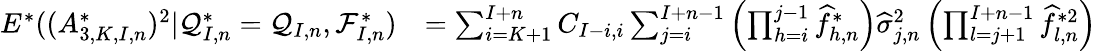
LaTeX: \begin{array}{rl}{E^{*}((A_{3,K,I,n}^{*})^{2}|\mathcal{Q}_{I,n}^{*}=\mathcal{Q}_{I,n},\mathcal{F}_{I,n}^{*})}&{=\sum_{i=K+1}^{I+n}C_{I-i,i}\sum_{j=i}^{I+n-1}\left(\prod_{h=i}^{j-1}\widehat f_{h,n}^{*}\right)\widehat\sigma_{j,n}^{2}\left(\prod_{l=j+1}^{I+n-1}\widehat f_{l,n}^{*2}\right)}\end{array}